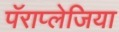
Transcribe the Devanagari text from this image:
पॅराप्लेजिया